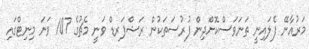
މަރުއާނޭ ފެލައިނީ ތަނަވަސްކޮށްދިން ފުރުސަތަކުން ރަޝްފަރޑް ވަނީ މެޗުގެ 107 ވަނަ މިނިޓްގައި